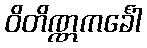
ဝိတိဏ္ဏကင်္ခေါ